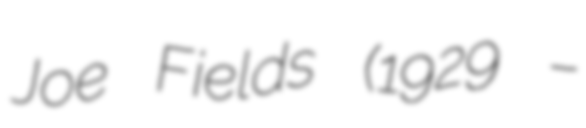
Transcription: Joe Fields (1929 –